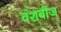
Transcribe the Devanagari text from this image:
वंशबीज